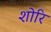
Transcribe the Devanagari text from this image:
शोरि